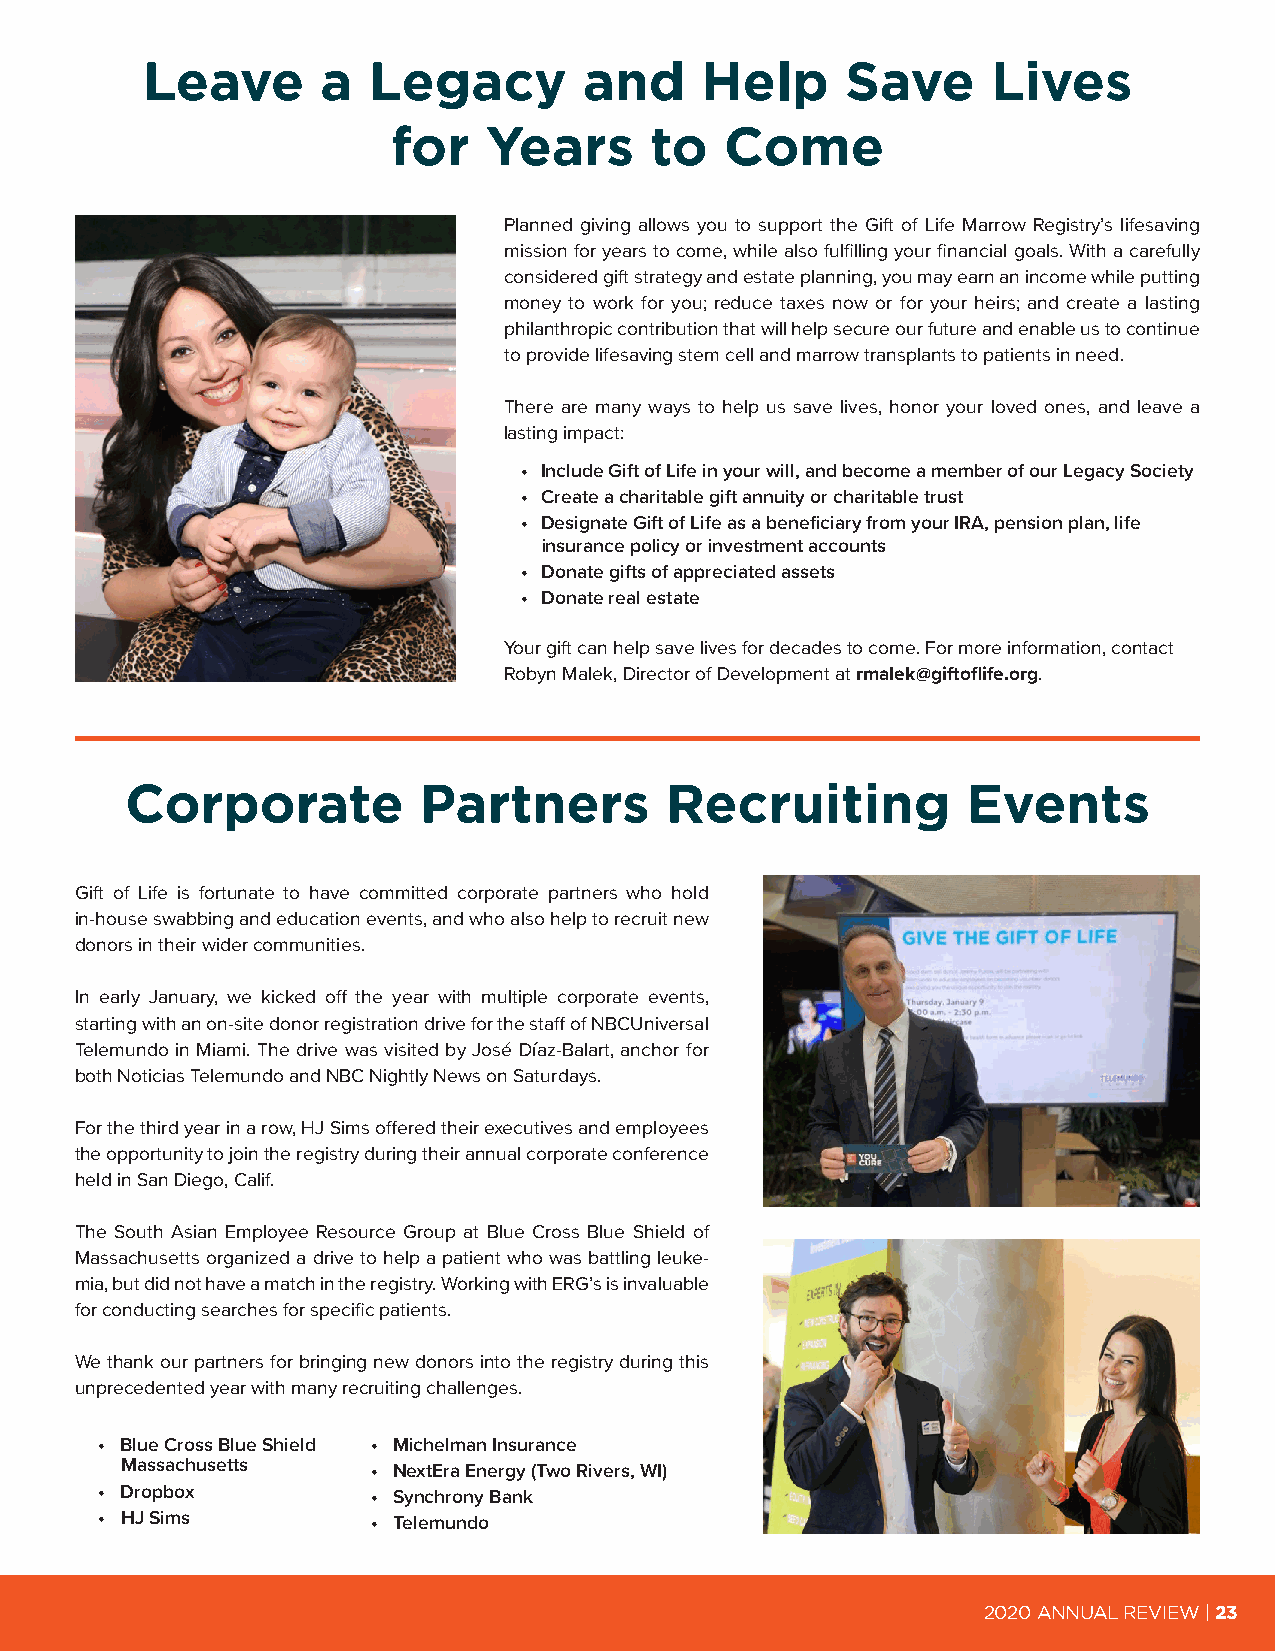
Leave       a  Legacy         and    Help      Save      Lives
 for   Years      to   Come
 Planned giving allows you to support the Gift of Life Marrow Registry’s lifesaving
 mission for years to come, while also fulfilling your financial goals. With a carefully
 considered gift strategy and estate planning, you may earn an income while putting
 money to work for you; reduce taxes now or for your heirs; and create a lasting
 philanthropic contribution that will help secure our future and enable us to continue
 to provide lifesaving stem cell and marrow transplants to patients in need.
 There are many ways to help us save lives, honor your loved ones, and leave a
 lasting impact:
 • Include Gift of Life in your will, and become a member of our Legacy Society
 • Create a charitable gift annuity or charitable trust
 • Designate Gift of Life as a beneficiary from your IRA, pension plan, life
 insurance policy or investment accounts
 • Donate gifts of appreciated assets
 • Donate real estate
 Your gift can help save lives for decades to come. For more information, contact
 Robyn Malek, Director of Development at rmalek@giftoflife.org.
 Corporate           Partners        Recruiting          Events
 Gift of Life is fortunate to have committed corporate partners who hold
 in-house swabbing and education events, and who also help to recruit new
 donors in their wider communities.
 In early January, we kicked off the year with multiple corporate events,
 starting with an on-site donor registration drive for the staff of NBCUniversal
 Telemundo in Miami. The drive was visited by José Díaz-Balart, anchor for
 both Noticias Telemundo and NBC Nightly News on Saturdays.
 For the third year in a row, HJ Sims offered their executives and employees
 the opportunity to join the registry during their annual corporate conference
 held in San Diego, Calif.
 The South Asian Employee Resource Group at Blue Cross Blue Shield of
 Massachusetts organized a drive to help a patient who was battling leuke-
 mia, but did not have a match in the registry. Working with ERG’s is invaluable
 for conducting searches for specific patients.
 We thank our partners for bringing new donors into the registry during this
 unprecedented year with many recruiting challenges.
 • Blue Cross Blue Shield • Michelman Insurance
 Massachusetts    • NextEra Energy (Two Rivers, WI)
 • Dropbox          • Synchrony Bank
 • HJ Sims          • Telemundo
 2020 ANNUAL REVIEW | 23